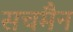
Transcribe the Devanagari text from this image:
सचमैन